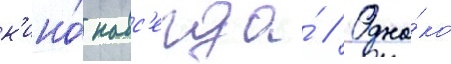
к'ино́ навс'егда́ // Одна́ко